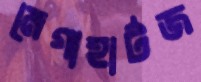
মেগাহার্টজ